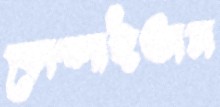
কোদ্‌লাইতাম